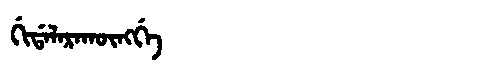
Manchu: ᡤᡳᡩᠠᠯᠠᡵᠠᡴᡡᠩᡤᡝ
Romanization: GIDALARAKŪNGGE